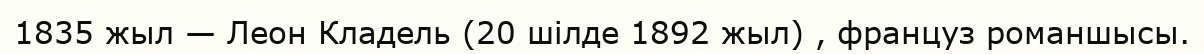
1835 жыл — Леон Кладель (20 шілде 1892 жыл) , француз романшысы.